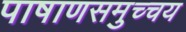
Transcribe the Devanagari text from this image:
पाषाणसमुच्चय